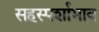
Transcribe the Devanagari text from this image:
सहस्पर्शाभाव